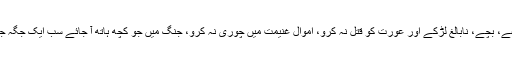
2. رسول پاک صلی اللہ علیہ و سلم مجاہدین کو رخصت کرتے ہوئے فرماتے "کسی بوڑھے، بچے، نابالغ لڑکے اور عورت کو قتل نہ کرو، اموال غنیمت میں چوری نہ کرو، جنگ میں جو کچھ ہاتھ آ جائے سب ایک جگہ جمع کر دو، نیکی اور احسان کرو کیونکہ اللہ تعالٰی احسان کرنے والوں کو پسند کرتا ہے” ۔